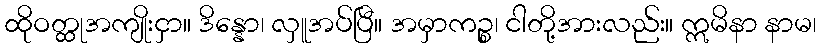
ထိုဝတ္ထုအကျိုးငှာ။ ဒိန္နော၊ လှူအပ်ပြီ။ အမှာကဉ္စ၊ ငါတို့အားလည်း။ ဣမိနာ နာမ၊